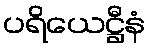
ပရိယေဋ္ဌီနံ